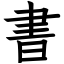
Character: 書